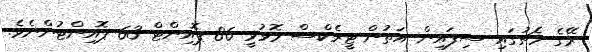
ރޭގެ މެޗުގައި ސިފައިން އަތުން ޓީރެކްސް މޮޅުވީ 86 ޕޮއިންޓް 63 ޕޮއިންޓުންނެވެ.